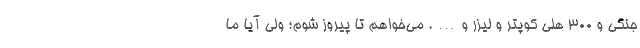
جنگی و ۳۰۰ هلی کوپتر و لیزر و…. می‌خواهم تا پیروز شوم؛ ولی آیا ما